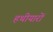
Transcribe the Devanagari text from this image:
हथीयारों